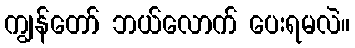
ကျွန်တော် ဘယ်လောက် ပေးရမလဲ။